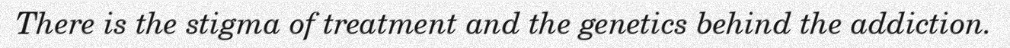
There is the stigma of treatment and the genetics behind the addiction.